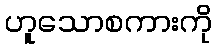
ဟူသောစကားကို